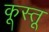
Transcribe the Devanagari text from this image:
कूस्तू